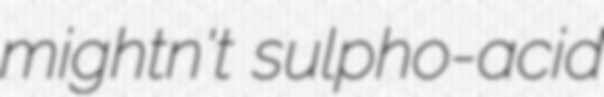
mightn't sulpho-acid